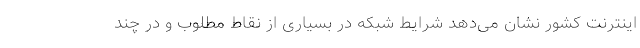
اینترنت کشور نشان می‌دهد شرایط شبکه در بسیاری از نقاط مطلوب و در چند